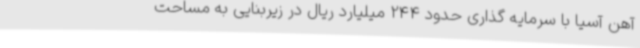
آهن آسیا با سرمایه گذاری حدود 244 میلیارد ریال در زیربنایی به مساحت